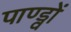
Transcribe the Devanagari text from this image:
पाण्ड्वों